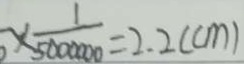
\times \frac { 1 } { 5 0 0 0 0 0 0 } = 2 . 2 ( c m )